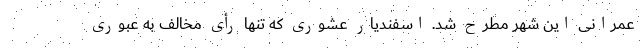
عمرانی این شهر مطرح شد. اسفندیار عشوری که تنها رأی مخالف به عبوری